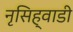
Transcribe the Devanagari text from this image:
नृसिह्वाडी